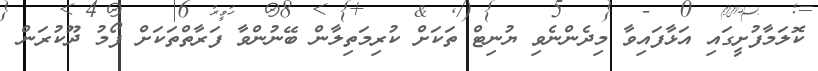
ކޮލަމާފުށީގައި އަޅާފައިވާ މިދެންނެވި ޔުނިޓް ތަކަށް ކުރިމަތިލާން ބޭނުންވާ ފަރާތްތަކަށް ފޯމު ދޫކުރަން